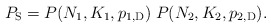
\begin{align*}P_{\mathrm{S}}=P(N_1,K_1,p_{1,\mathrm{D}})\;P(N_2,K_2,p_{2,\mathrm{D}}).\end{align*}